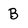
Character: B